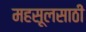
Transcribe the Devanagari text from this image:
महसूलसाठी